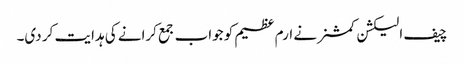
چیف الیکشن کمشنر نے ارم عظیم کو جواب جمع کرانے کی ہدایت کر دی۔